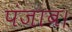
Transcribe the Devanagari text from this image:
पंजाब।